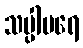
သပ္ပါပရေ